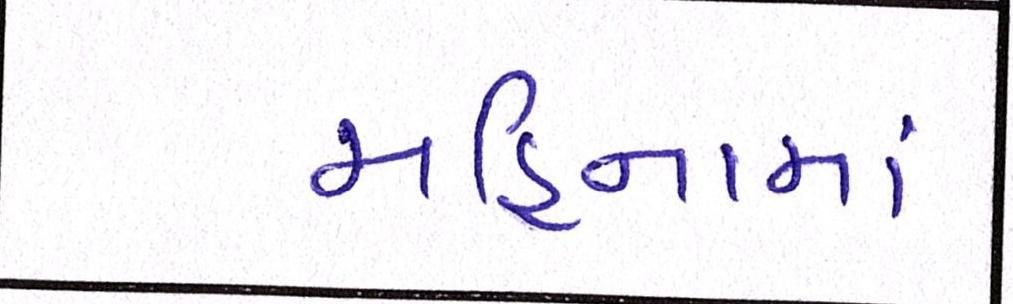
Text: મહિનામાં